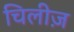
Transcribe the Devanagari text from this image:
चिलीज़